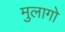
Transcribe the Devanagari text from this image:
मुलागो